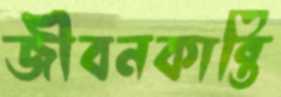
জীবনকান্তি